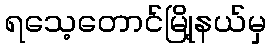
ရသေ့တောင်မြို့နယ်မှ